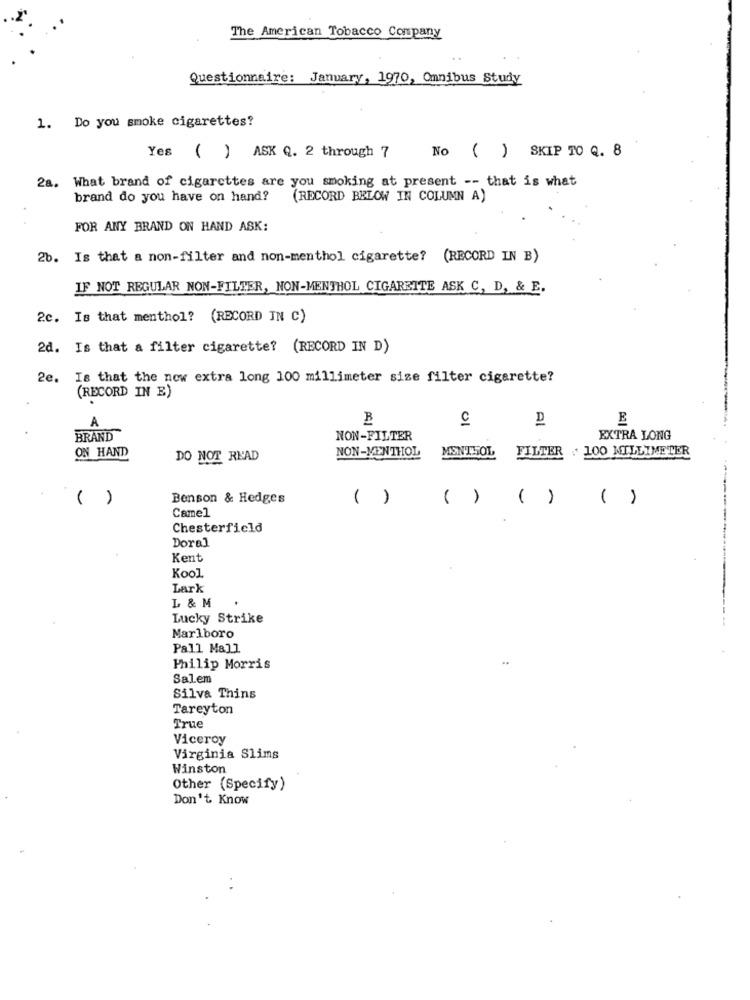
The American Tobacco Company
Questionnaire: January, 1970, Omnibus Study
1. Do you smoke cigarettes?
No ( ) SKIP TO Q. 8
Yes ( ) ASK Q. 2 through 7
28. What brand of cigarettes are you smoking at present -- that is what
brand do you have on hand?
(RECORD BELOW IN COLUMN A)
FOR ANY BRAND ON HAND ASK:
2b. Is that a non-filter and non-menthol cigarette? (RECORD IN B)
IF NOT REGULAR NON-FILTER, NON-MENTHOL CIGARETTE ASK C, D, & E.
2c. Is that menthol? (RECORD IN C)
2d. Is that a filter cigarette? (RECORD IN D)
2e. Is that the new extra long 100 millimeter size filter cigarette?
(RECORD IN E)
A
B
01
BRAND
NON-FILTER
EXTRA LONG
ON HAND
MENTHOL FILTER .100 MILLIMETER
DO NOT READ
NON-MENTHOL
( )
Benson & Hedges
( )
( ) ( ) ( )
Camel
Chesterfield
Doral
Kent
Kool
Lark
L & M
Lucky Strike
Marlboro
Pall Mall
Philip Morris
Salem
Silva Thins
Tareyton
True
Viceroy
Virginia Slims
Winston
Other (Specify)
Don't Know